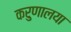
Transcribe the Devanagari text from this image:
करुणालया